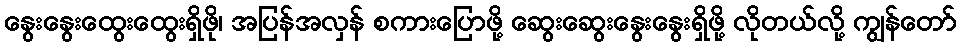
နွေးနွေးထွေးထွေးရှိဖို၊ အပြန်အလှန် စကားပြောဖို့ ဆွေးဆွေးနွေးနွေးရှိဖို့ လိုတယ်လို့ ကျွန်တော်